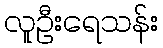
လူဦးရေသန်း